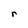
Character: r